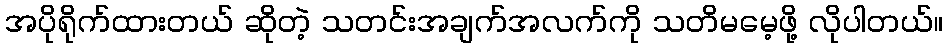
အပိုရိုက်ထားတယ် ဆိုတဲ့ သတင်းအချက်အလက်ကို သတိမမေ့ဖို့ လိုပါတယ်။